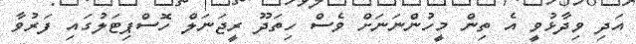
އަދި ވިދާޅުވީ އެ ތިން މީހުންނަނަށް ވެސް ހިތަދޫ ރީޖަނަލް ހޮސްޕިޓަލުގައި ފަރުވާ